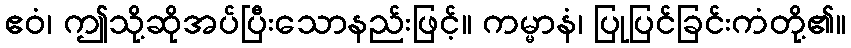
ဧဝံ၊ ဤသို့ဆိုအပ်ပြီးသောနည်းဖြင့်။ ကမ္မာနံ၊ ပြုပြင်ခြင်းကံတို့၏။